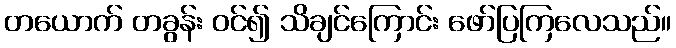
တယောက် တခွန်း ဝင်၍ သိချင်ကြောင်း ဖော်ပြကြလေသည်။